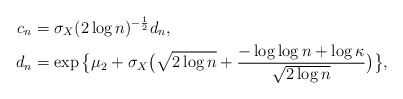
\begin{align*} c_n & = \sigma_X (2 \log n)^{-\frac{1}{2}} d_n,\\ d_n & = \exp\big\{\mu_2 + \sigma_X\big(\sqrt{2 \log n} + \frac{-\log{\log n} + \log{\kappa}}{\sqrt{2 \log n}}\big)\big\}, \end{align*}